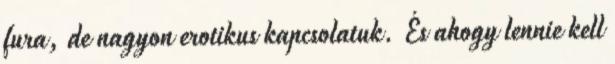
fura, de nagyon erotikus kapcsolatuk. És ahogy lennie kell